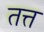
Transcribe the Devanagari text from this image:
तत्त